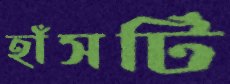
হাঁসটি